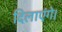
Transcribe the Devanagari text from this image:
दिलाएंगे।